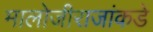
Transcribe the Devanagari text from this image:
मालोजीराजांकडे